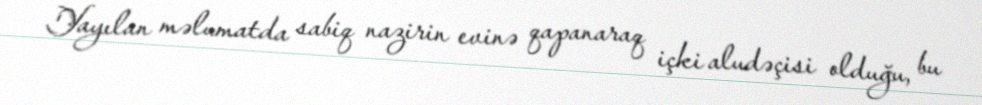
Yayılan məlumatda sabiq nazirin evinə qapanaraq içki aludəçisi olduğu, bu